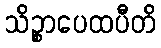
သိဉ္စာပေထပီတိ